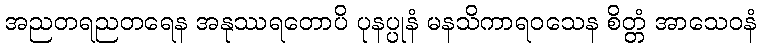
အညတရညတရေန အနုဿရတောပိ ပုနပ္ပုနံ မနသိကာရဝသေန စိတ္တံ အာသေဝနံ